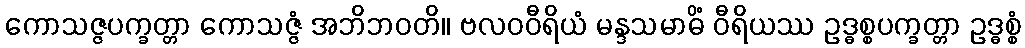
ကောသဇ္ဇပက္ခတ္တာ ကောသဇ္ဇံ အဘိဘဝတိ။ ဗလဝဝီရိယံ မန္ဒသမာဓိံ ဝီရိယဿ ဥဒ္ဓစ္စပက္ခတ္တာ ဥဒ္ဓစ္စံ